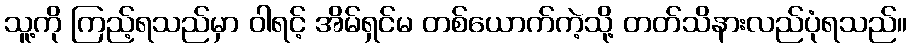
သူ့ကို ကြည့်ရသည်မှာ ဝါရင့် အိမ်ရှင်မ တစ်ယောက်ကဲ့သို့ တတ်သိနားလည်ပုံရသည်။